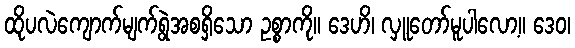
ထိုပလဲကျောက်မျက်ရွဲအစရှိသော ဥစ္စာကို။ ဒေဟိ၊ လှူတော်မူပါလော့။ ဒေဝ၊